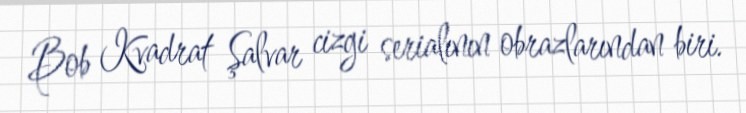
Bob Kvadrat Şalvar cizgi serialının obrazlarından biri.